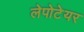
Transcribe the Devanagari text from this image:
लेपोटेयर